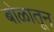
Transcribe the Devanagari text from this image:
बोळातून